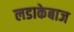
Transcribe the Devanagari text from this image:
लडाकेबाज